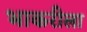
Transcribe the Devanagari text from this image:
भाकरीला